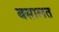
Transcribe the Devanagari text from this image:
बसालत